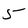
Character: 5